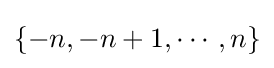
\{-n,-n+1,\cdots ,n\}